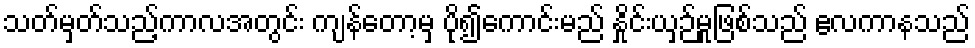
သတ်မှတ်သည့်ကာလအတွင်း ကျန်တော့မှ ပို၍ကောင်းမည် နှိုင်းယှဉ်မှုဖြစ်သည် ဧလကာနသည်